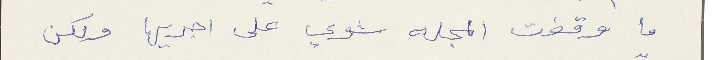
ما وقفت المجله شوي على اجريها ولكن